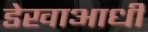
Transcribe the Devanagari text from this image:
डेखाआधी